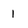
Character: I